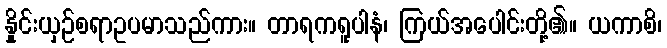
နှိုင်းယှဉ်စရာဥပမာသည်ကား။ တာရကရူပါနံ၊ ကြယ်အပေါင်းတို့၏။ ယကာစိ၊